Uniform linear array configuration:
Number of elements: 24
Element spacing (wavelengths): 0.25
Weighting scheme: binomial
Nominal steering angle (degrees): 30
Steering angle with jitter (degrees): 31.987
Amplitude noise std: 0.05
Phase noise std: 0.05

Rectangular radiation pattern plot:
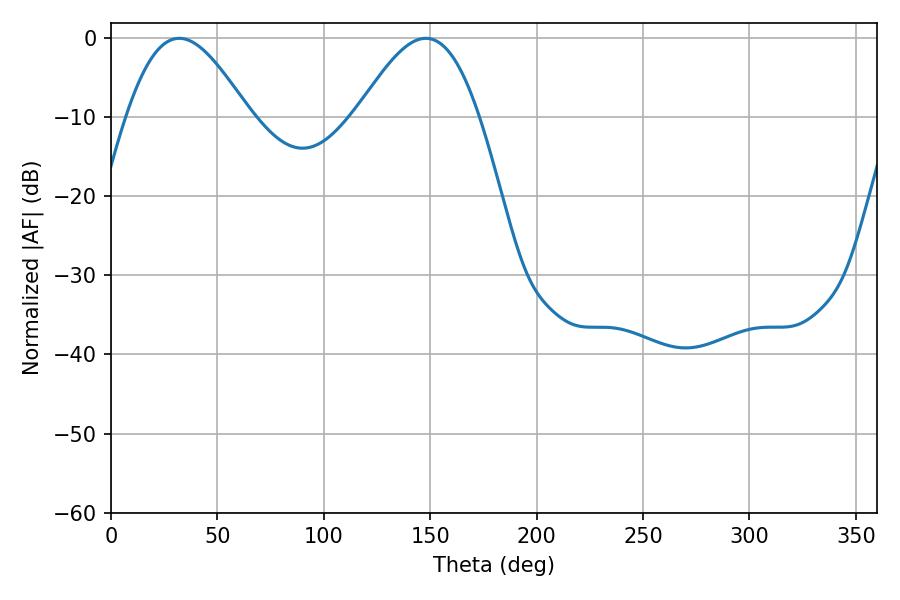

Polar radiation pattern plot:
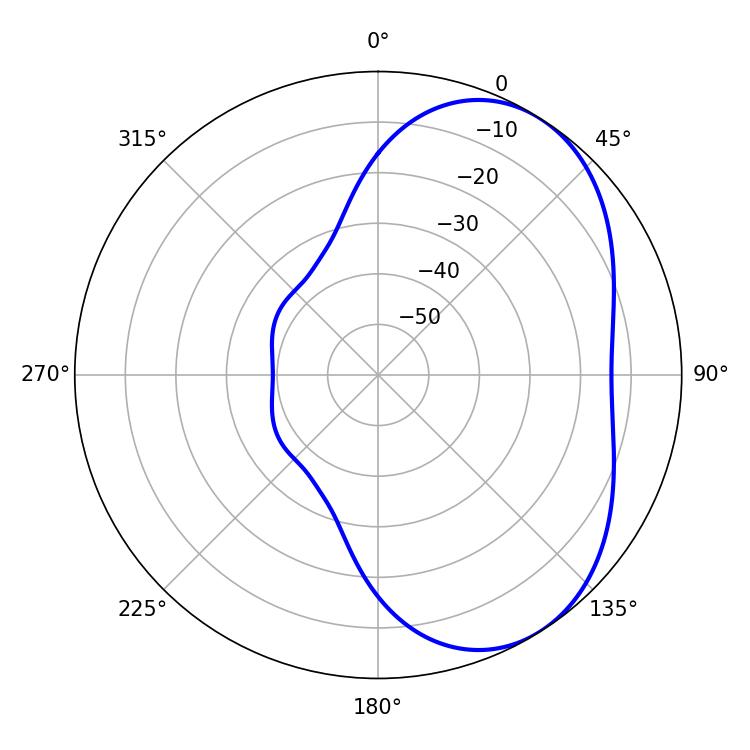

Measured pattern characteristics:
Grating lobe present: FALSE
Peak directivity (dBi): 4.669
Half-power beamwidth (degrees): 30.78
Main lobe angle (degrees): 32.04